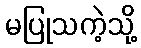
မပြုသကဲ့သို့